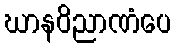
ဃာနဝိညာဏံပေ